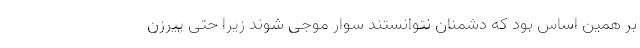
بر همین اساس بود که دشمنان نتوانستند سوار موجی شوند زیرا حتی پیرزن